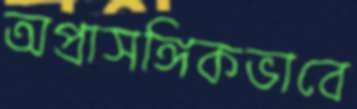
অপ্রাসঙ্গিকভাবে